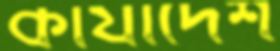
কার্যাদেশ